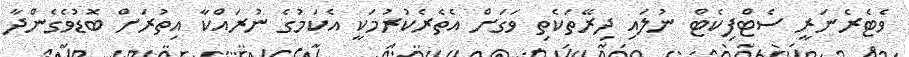
ވެޓެރެނަރީ ސެޓްފިކެޓް ނުލައި ދިރޭތަކެތި ވަގަށް އެތެރެކުރުމަކީ އެކަމުގެ ނުރައްކާ އިތުރަށް ބޮޑުވެގެންދާ